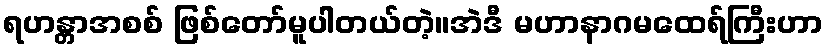
ရဟန္တာအစစ် ဖြစ်တော်မူပါတယ်တဲ့။အဲဒီ မဟာနာဂမထေရ်ကြီးဟာ